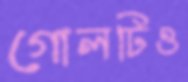
গোলটিও